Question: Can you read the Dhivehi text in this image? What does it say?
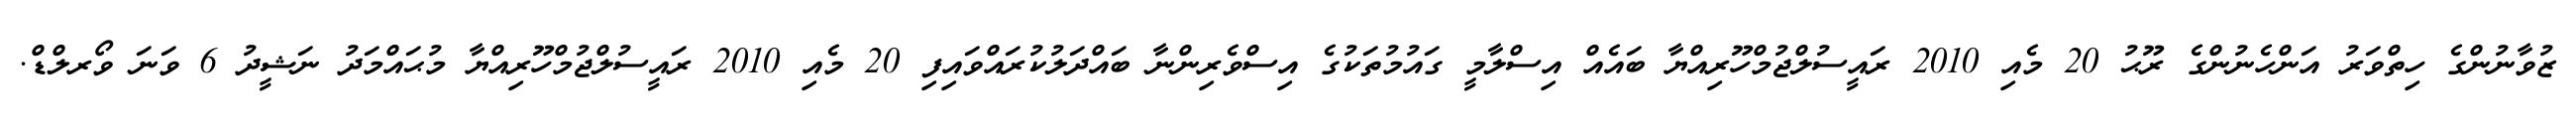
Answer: ޒުވާނުންގެ ހިތްވަރު އަންހެނުންގެ ރޫޙު 20 މެއި 2010 ރައީސުލްޖުމްހޫރިއްޔާ ބައެއް އިސްލާމީ ގައުމުތަކުގެ އިސްވެރިންނާ ބައްދަލުކުރައްވައިފި 20 މެއި 2010 ރައީސުލްޖުމްހޫރިއްޔާ މުޙައްމަދު ނަޝީދު 6 ވަނަ ވޯރލްޑް.